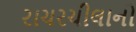
રાચરચીલાનો